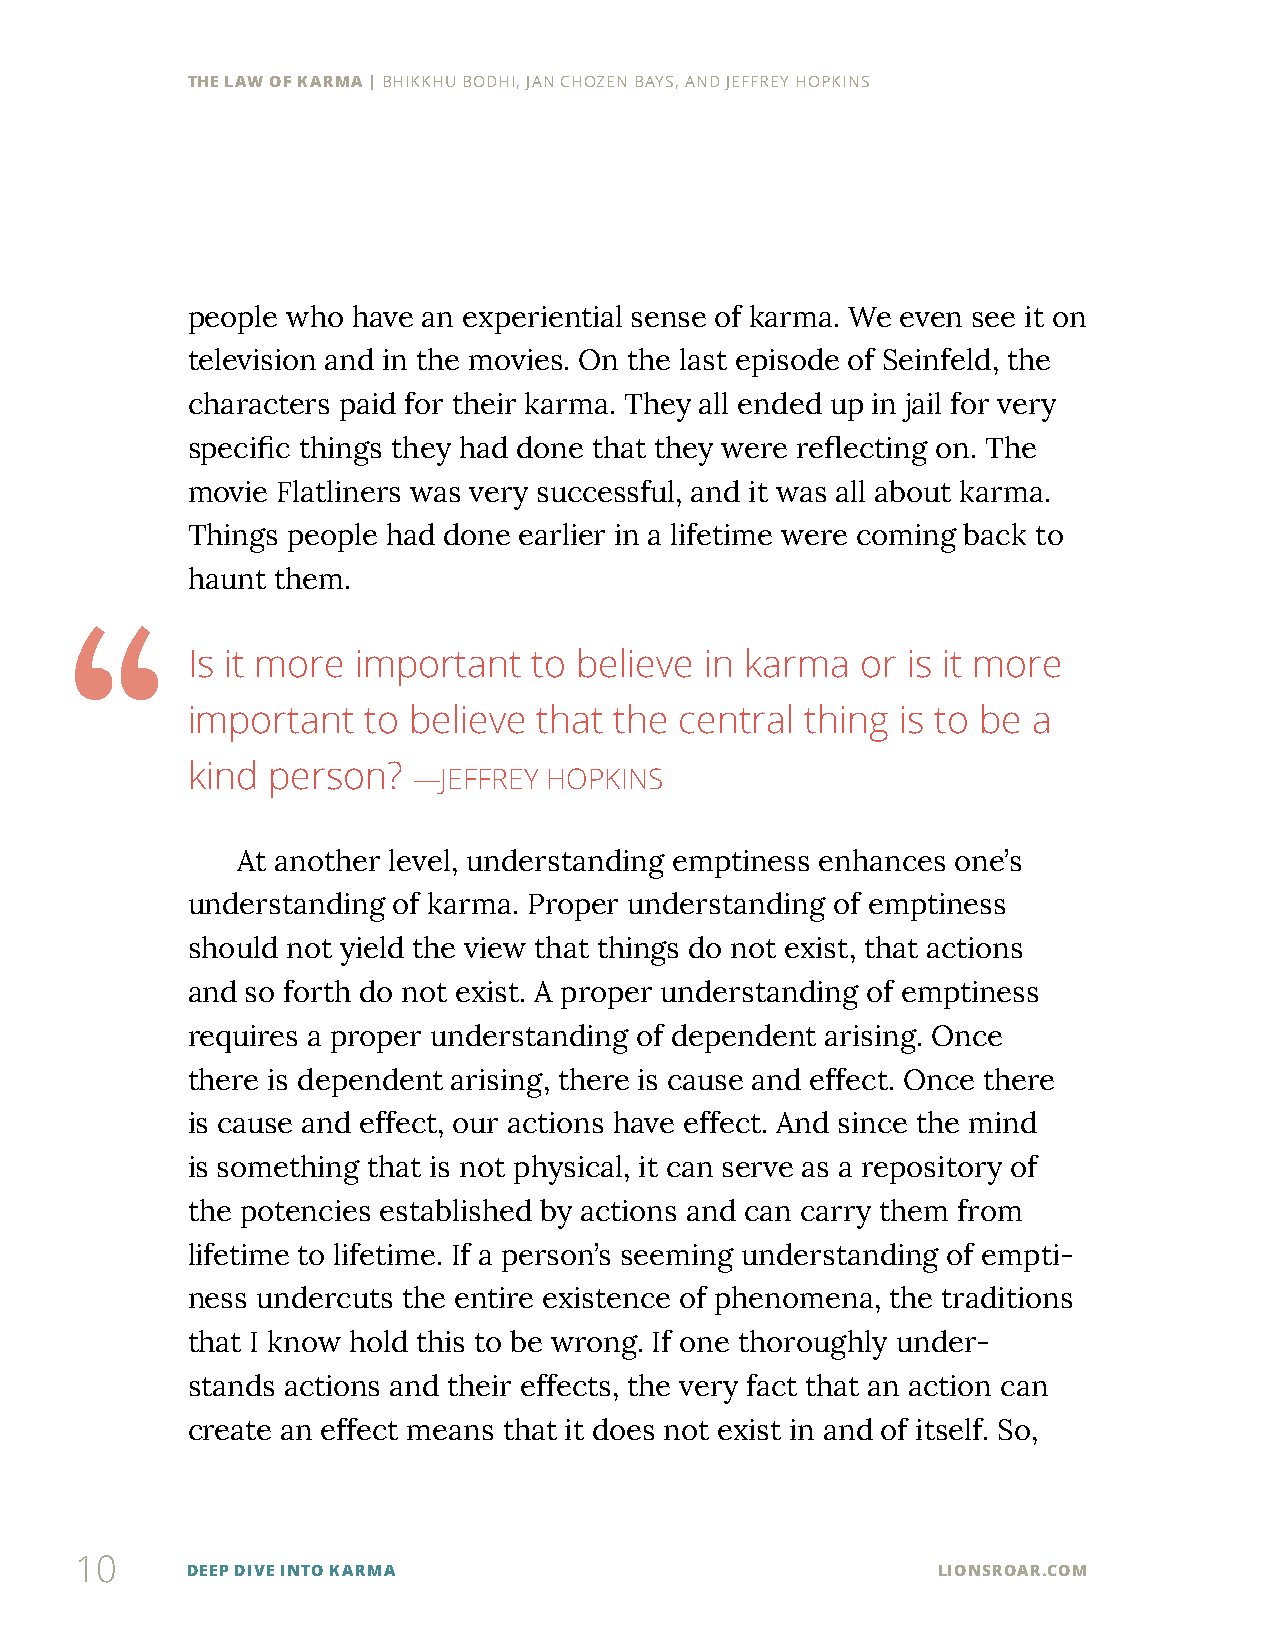
THE LAW OF KARMA | BHIKKHU BODHI, JAN CHOZEN BAYS, AND JEFFREY HOPKINS
 people who have an experiential sense of karma. We even see it on
 television and in the movies. On the last episode of Seinfeld, the
 characters paid for their karma. They all ended up in jail for very
 specific things they had done that they were reflecting on. The
 movie Flatliners was very successful, and it was all about karma.
 Things people had done earlier in a lifetime were coming back to
 haunt them.
 “
 Is it more important   to believe  in karma  or is it more
 important   to believe  that the central thing  is to be a
 kind  person?
 —JEFFREY HOPKINS
 At another level, understanding emptiness enhances one’s
 understanding of karma. Proper understanding of emptiness
 should not yield the view that things do not exist, that actions
 and so forth do not exist. A proper understanding of emptiness
 requires a proper understanding of dependent arising. Once
 there is dependent arising, there is cause and effect. Once there
 is cause and effect, our actions have effect. And since the mind
 is something that is not physical, it can serve as a repository of
 the potencies established by actions and can carry them from
 lifetime to lifetime. If a person’s seeming understanding of empti-
 ness undercuts the entire existence of phenomena, the traditions
 that I know hold this to be wrong. If one thoroughly under-
 stands actions and their effects, the very fact that an action can
 create an effect means that it does not exist in and of itself. So,
 10
 DEEP DIVE INTO KARMA                              LIONSROAR.COM